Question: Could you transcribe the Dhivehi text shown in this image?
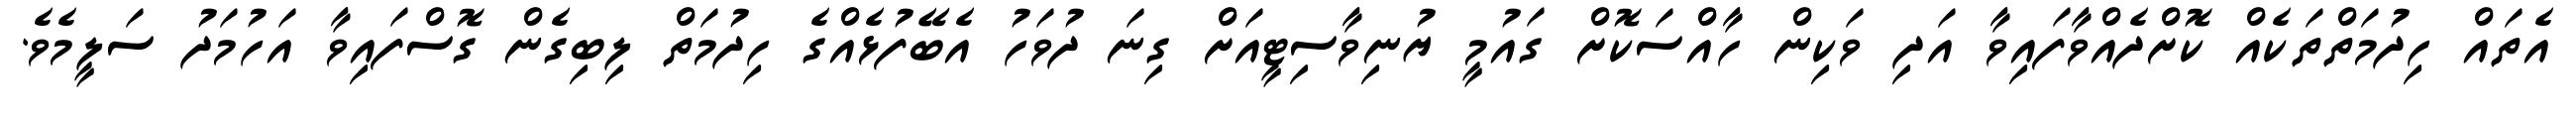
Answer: އެތައް ހިދުމަތްތަކެއް ކޮށްދެއްވާފައިވާ އަދި ވަކިން ހާއްސަކޮށް ގައުމީ ޔުނިވާސިޓީއަށް ގިނަ ދުވަހު އެބޭފުޅެއްގެ ހިދުމަތް ލިބިގެން ގޮސްފައިވާ އަހުމަދު ސަލީމެވެ.